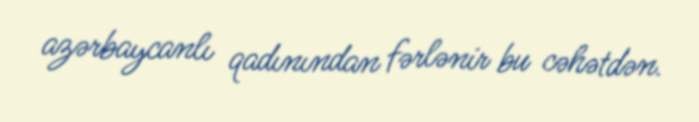
azərbaycanlı qadınından fərlənir bu cəhətdən.